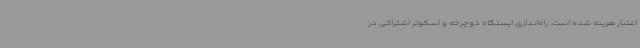
اعتبار هزینه شده است. راه‌اندازی ایستگاه دوچرخه و اسکوتر اشتراکی در